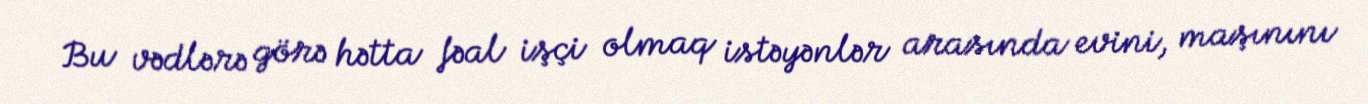
Bu vədlərə görə hətta fəal işçi olmaq istəyənlər arasında evini, maşınını